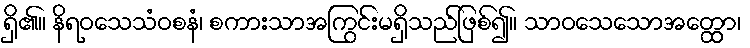
ရှိ၏။ နိရဝသေသံဝစနံ၊ စကားသာအကြွင်းမရှိသည်ဖြစ်၍။ သာဝသေသောအတ္ထော၊